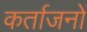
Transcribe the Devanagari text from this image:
कर्ताजनों